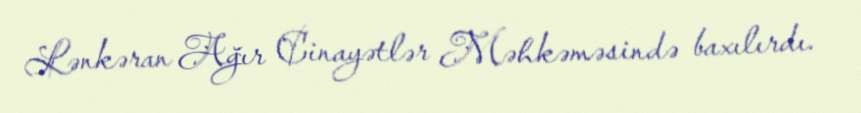
Lənkəran Ağır Cinayətlər Məhkəməsində baxılırdı.